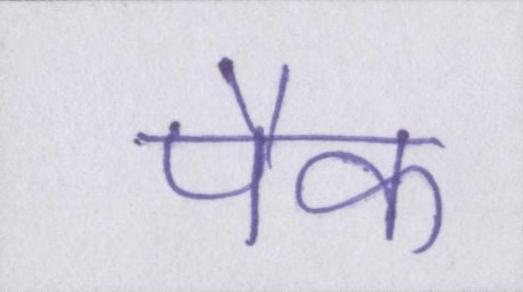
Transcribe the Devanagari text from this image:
पैक